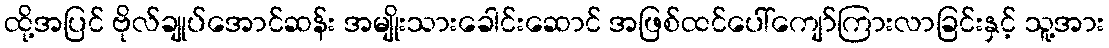
ထို့အပြင် ဗိုလ်ချုပ်အောင်ဆန်း အမျိုးသားခေါင်းဆောင် အဖြစ်ထင်ပေါ်ကျော်ကြားလာခြင်းနှင့် သူ့အား